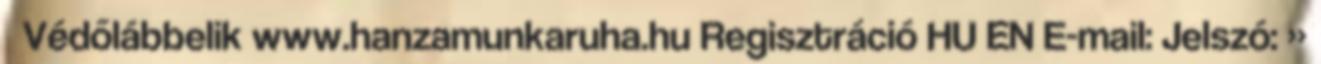
Védőlábbelik www.hanzamunkaruha.hu Regisztráció HU EN E-mail: Jelszó: »